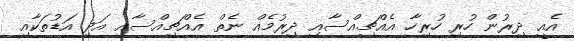
އެއީ ދިރުން ހުރި ހުރިހާ އެއްޗިއްސާއި ދިރުމެއް ނެތް އެއްޗިއްސާއި އަދި އަޑުތަކާއި